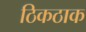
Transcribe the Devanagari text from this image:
ठिकठाक